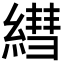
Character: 𦄑